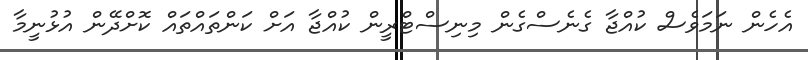
އެހެން ނަމަވެސް ކުއްޖާ ގެނެސްގެން މިނިސްޓްރީން ކުއްޖާ އަށް ކަންތައްތައް ކޮށްދޭން އުޅުނީމާ